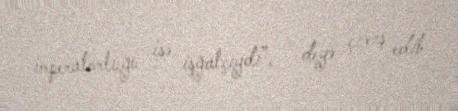
imperatorluğu isə işğalçıydı”, - deyə çıxış edib.